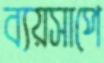
ব্যয়সাপে